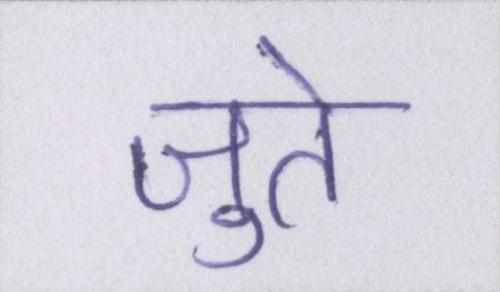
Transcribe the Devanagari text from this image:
जुते